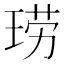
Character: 𫞧